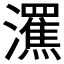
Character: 𤃭